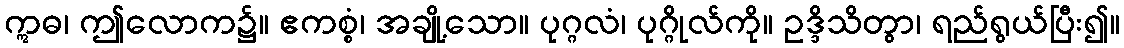
ဣဓ၊ ဤလောက၌။ ဧကစ္စံ၊ အချို့သော။ ပုဂ္ဂလံ၊ ပုဂ္ဂိုလ်ကို။ ဥဒ္ဒိသိတွာ၊ ရည်ရွယ်ပြီး၍။